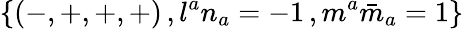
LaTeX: \{ (-,+,+,+)\, ,l^{a}n_{a}=-1\, ,m^{a}{\bar{m}}_{a}=1\}